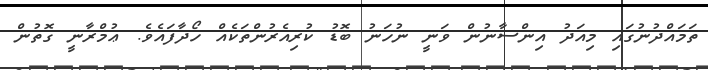
ތަމައްދުނުގައި މިއަދު އިންސާނުން ވަނީ ނުހަނު ބޮޑު ކުރިއެރުންތަކެއް ހޯދާފައެވެ. ޢުމްރާނީ ގޮތުން